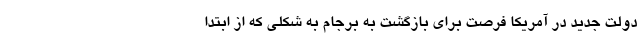
دولت جدید در آمریکا فرصت برای بازگشت به برجام به شکلی که از ابتدا